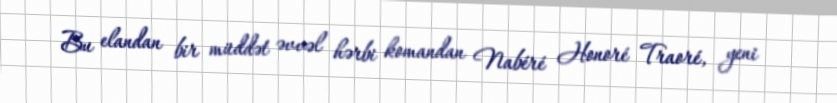
Bu elandan bir müddət əvvəl hərbi komandan Nabéré Honoré Traoré, yeni